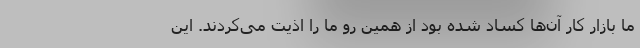
ما بازار کار آن‌ها کساد شده بود از همین رو ما را اذیت می‌کردند. این